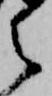
え